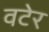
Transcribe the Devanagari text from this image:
वटेर